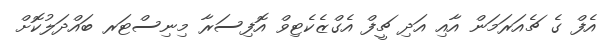
އެފް ގެ ޗެއަރަމަން އާއި އަދި ޗީފް އެގްޒެކެޓިވް އޮފިސަރާ މިނިސްޓަރ ބައްދަލުކޮށް